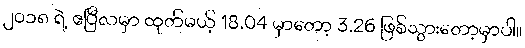
၂၀၁၈ ရဲ့ ဧပြီလမှာ ထုတ်မယ့် 18.04 မှာတော့ 3.26 ဖြစ်သွားတော့မှာပါ။